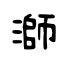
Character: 溮